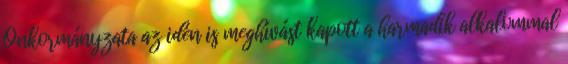
Önkormányzata az idén is meghívást kapott a harmadik alkalommal